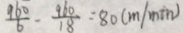
\frac { 9 6 0 } { 6 } - \frac { 9 6 0 } { 1 8 } = 8 0 ( m / \min )